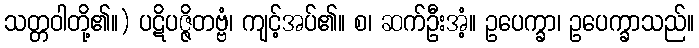
သတ္တဝါတို့၏။) ပဋိပဇ္ဇိတဗ္ဗံ၊ ကျင့်အပ်၏။ စ၊ ဆက်ဦးအံ့။ ဥပေက္ခာ၊ ဥပေက္ခာသည်။